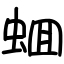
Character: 蜖